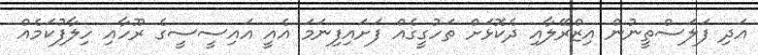
އަދި ފަލަސްތީނުން އިޒްރޭލާއި ދެކޮޅަށް ތަހުގީގެއް ފަށައިފިނަމަ އެއީ އައިސީސީގެ ރޫހާއި ހިލާފުކަމެއް